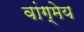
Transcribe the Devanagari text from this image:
वांग्मेय